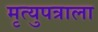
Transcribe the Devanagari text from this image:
मृत्युपत्राला